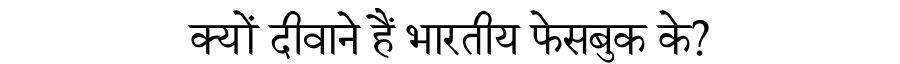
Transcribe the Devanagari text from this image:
क्यों दीवाने हैं भारतीय फेसबुक के?